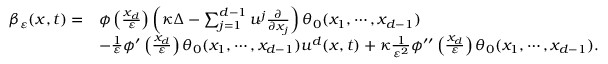
\begin{array} { r l } { \beta _ { \varepsilon } ( x , t ) = } & { \phi \left( \frac { x _ { d } } { \varepsilon } \right) \left( \kappa \Delta - \sum _ { j = 1 } ^ { d - 1 } u ^ { j } \frac { \partial } { \partial x _ { j } } \right) \theta _ { 0 } ( x _ { 1 } , \cdots , x _ { d - 1 } ) } \\ & { - \frac { 1 } { \varepsilon } \phi ^ { \prime } \left( \frac { x _ { d } } { \varepsilon } \right) \theta _ { 0 } ( x _ { 1 } , \cdots , x _ { d - 1 } ) u ^ { d } ( x , t ) + \kappa \frac { 1 } { \varepsilon ^ { 2 } } \phi ^ { \prime \prime } \left( \frac { x _ { d } } { \varepsilon } \right) \theta _ { 0 } ( x _ { 1 } , \cdots , x _ { d - 1 } ) . } \end{array}